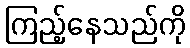
ကြည့်နေသည်ကို